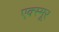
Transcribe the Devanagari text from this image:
एक्स्मूर